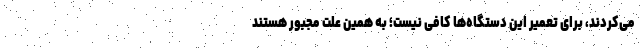
می‌کردند، برای تعمیر این دستگاه‌ها کافی نیست؛ به همین علت مجبور هستند